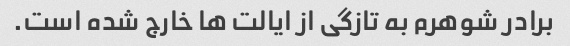
برادر شوهرم به تازگی از ایالت ها خارج شده است.